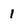
Character: 1